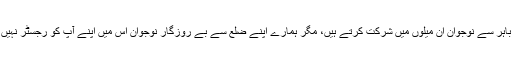
ضلع کے باہر سے نوجوان ان میلوں میں شرکت کرتے ہیں، مگر ہمارے اپنے ضلع سے بے روزگار نوجوان اس میں اپنے آپ کو رجسٹر نہیں کرواتے ۔